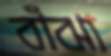
বাঁঝা